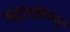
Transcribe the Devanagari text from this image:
भग्नावशेषातून